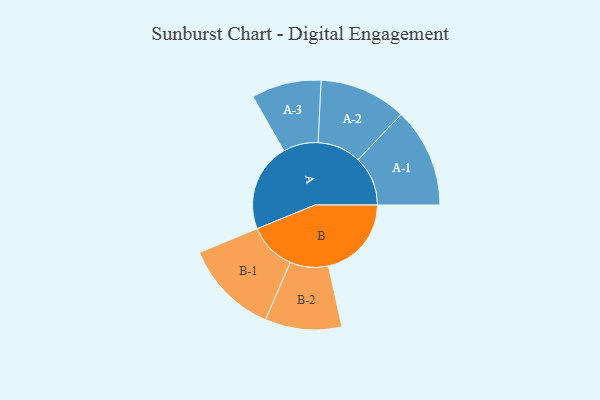
{"axis": {"x": "Segment", "y": "Value"}, "legend": ["", "A", "B"], "data": [{"x": "A", "y": 316, "type": ""}, {"x": "B", "y": 297, "type": ""}, {"x": "A-1", "y": 178, "type": "A"}, {"x": "A-2", "y": 156, "type": "A"}, {"x": "A-3", "y": 125, "type": "A"}, {"x": "B-1", "y": 170, "type": "B"}, {"x": "B-2", "y": 137, "type": "B"}]}